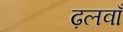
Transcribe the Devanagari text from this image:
ढ़लवाँ